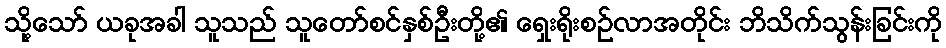
သို့သော် ယခုအခါ သူသည် သူတော်စင်နှစ်ဦးတို့၏ ရှေးရိုးစဉ်လာအတိုင်း ဘိသိက်သွန်းခြင်းကို